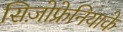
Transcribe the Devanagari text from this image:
सिज़ोफ्रेनियाके